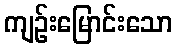
ကျဉ်းမြောင်းသော